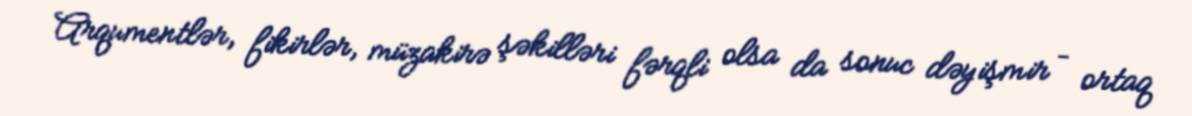
Arqumentlər, fikirlər, müzakirə şəkilləri fərqli olsa da sonuc dəyişmir – ortaq